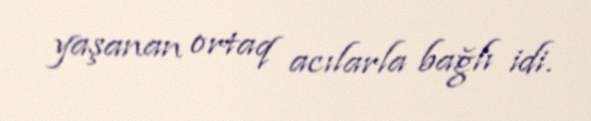
yaşanan ortaq acılarla bağlı idi.